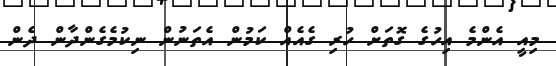
މިއީ އެންމެ އިހުގެ ގޮތަށް ހުރި ގެއެއް ކަމުން އެތަނުން ނިކުމެގެންދާން ދެން